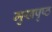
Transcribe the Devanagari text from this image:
मुखपृष्‍ठ